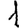
Digit: 1